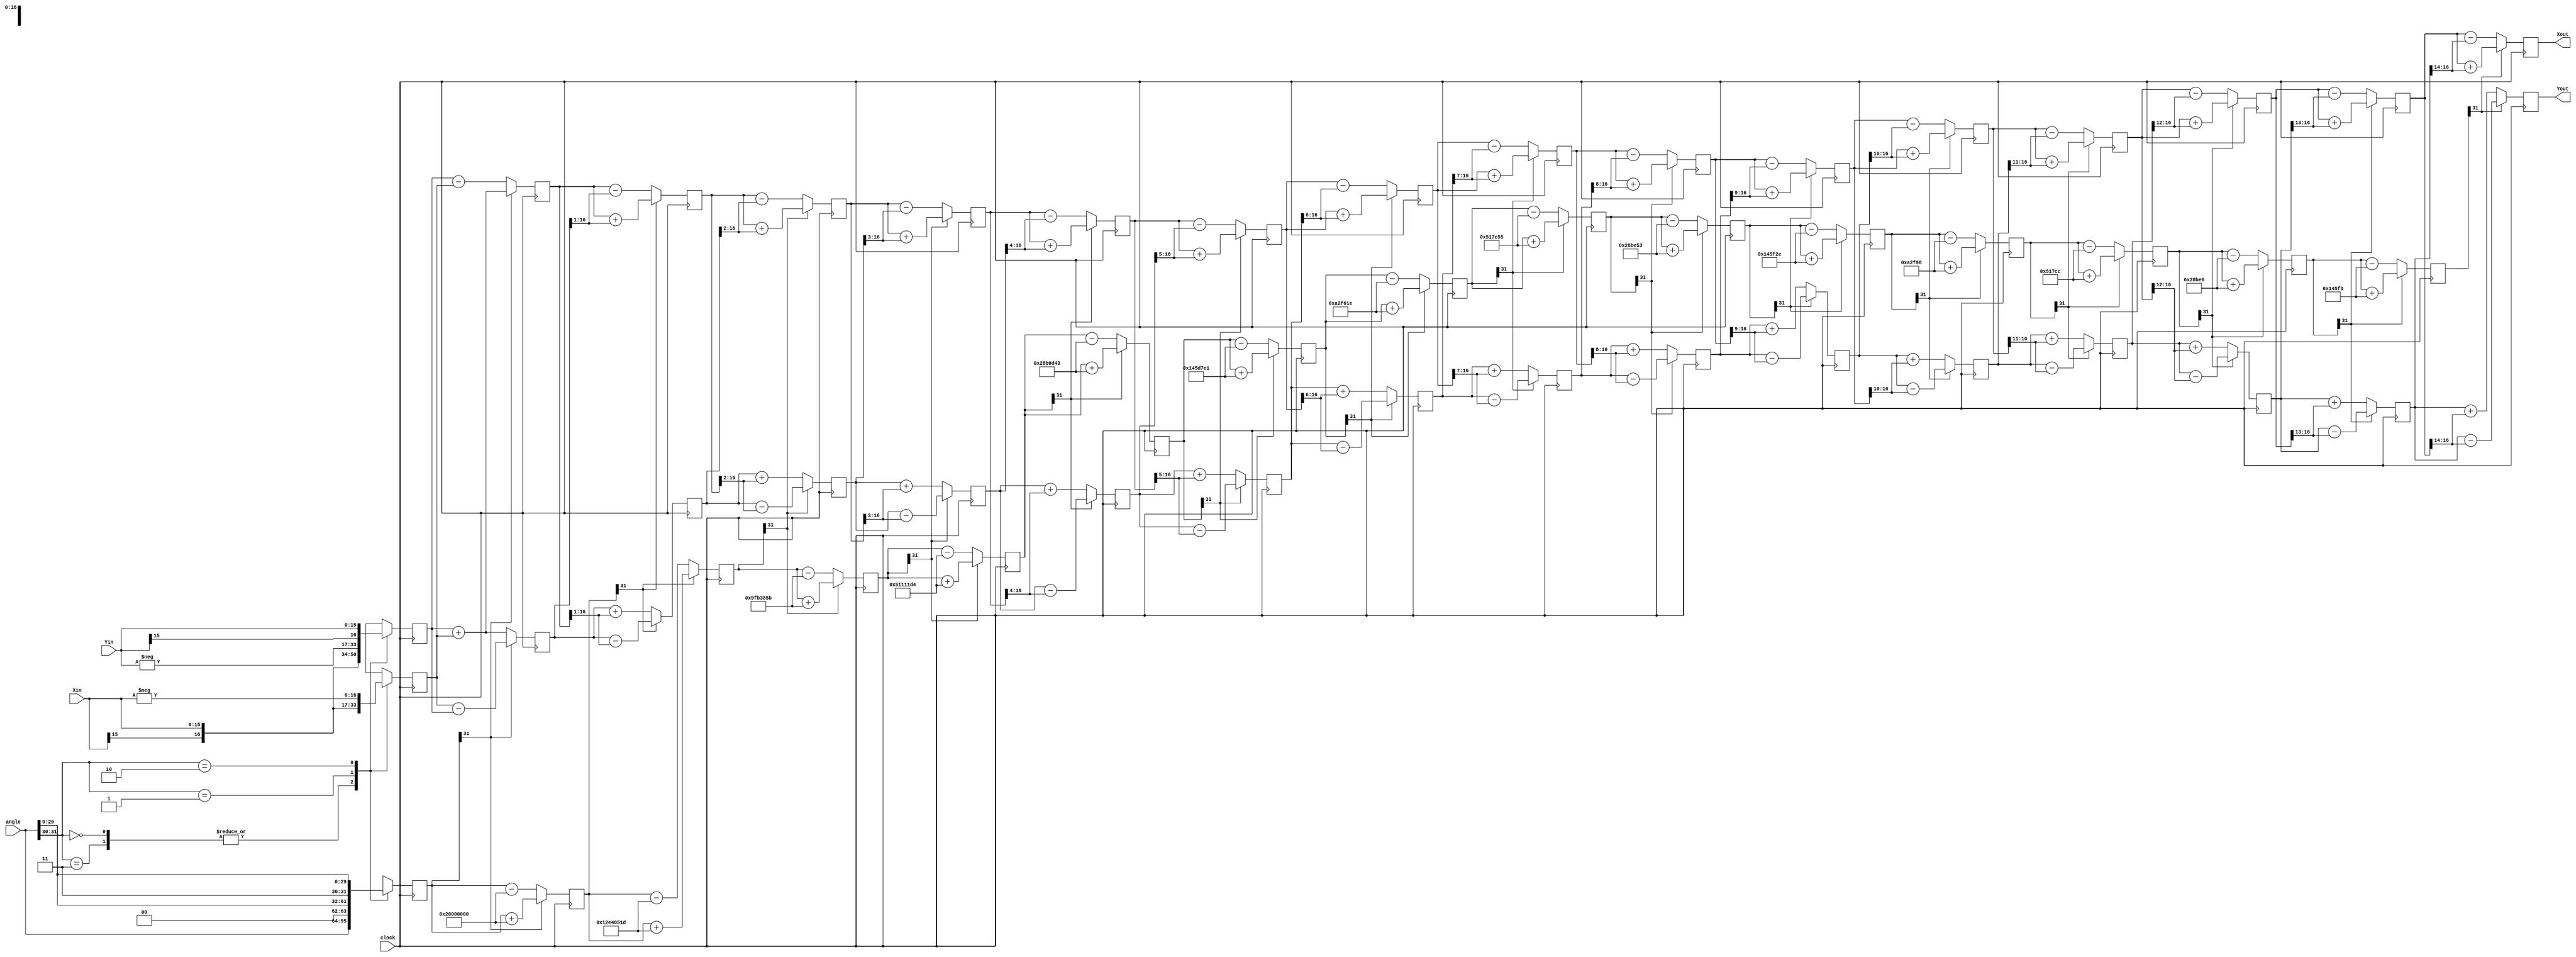
`timescale 1 ns/100 ps //O primeiro indica um tempo em nano segundos, acho | ps  a menor parte do tempo. 

//------------------------------------------------------------------------------
//          Copyright (c) 2012 Kirk Weedman, KD7IRS, kirk@hdlexpress.com
//------------------------------------------------------------------------------

// NOTE: 1. Input angle is a modulo of 2*PI scaled to fit in a 32bit register. The user must translate
//          this angle to a value from 0 - (2^32-1).  0 deg = 32'h0, 359.9999... = 32'hFF_FF_FF_FF
//          To translate from degrees to a 32 bit value, multiply 2^32 by the angle (in degrees),
//          then divide by 360
//       2. Size of Xout, Yout is 1 bit larger due to a system gain of 1.647 (which is < 2)
module CORDIC (clock, angle, Xin, Yin, Xout, Yout);
   
   parameter XY_SZ = 16;   // width of input and output data
   
   localparam STG = XY_SZ; // same as bit width of X and Y
   
   input                      clock;
   // angle is a signed value in the range of -PI to +PI that must be represented as a 32 bit signed number
   input  signed       [31:0] angle;
   input  signed  [XY_SZ-1:0] Xin;
   input  signed  [XY_SZ-1:0] Yin;
   output signed    [XY_SZ:0] Xout;
   output signed    [XY_SZ:0] Yout;
   
   //------------------------------------------------------------------------------
   //                             arctan table
   //------------------------------------------------------------------------------
   
   // Note: The atan_table was chosen to be 31 bits wide giving resolution up to atan(2^-30)
   wire signed [31:0] atan_table [0:30]; 
   
   // upper 2 bits = 2'b00 which represents 0 - PI/2 range
   // upper 2 bits = 2'b01 which represents PI/2 to PI range
   // upper 2 bits = 2'b10 which represents PI to 3*PI/2 range (i.e. -PI/2 to -PI)
   // upper 2 bits = 2'b11 which represents 3*PI/2 to 2*PI range (i.e. 0 to -PI/2)
   // The upper 2 bits therefore tell us which quadrant we are in.
   assign atan_table[00] = 32'b00100000000000000000000000000000; // 45.000 degrees -> atan(2^0)
   assign atan_table[01] = 32'b00010010111001000000010100011101; // 26.565 degrees -> atan(2^-1)
   assign atan_table[02] = 32'b00001001111110110011100001011011; // 14.036 degrees -> atan(2^-2)
   assign atan_table[03] = 32'b00000101000100010001000111010100; // atan(2^-3)
   assign atan_table[04] = 32'b00000010100010110000110101000011;
   assign atan_table[05] = 32'b00000001010001011101011111100001;
   assign atan_table[06] = 32'b00000000101000101111011000011110;
   assign atan_table[07] = 32'b00000000010100010111110001010101;
   assign atan_table[08] = 32'b00000000001010001011111001010011;
   assign atan_table[09] = 32'b00000000000101000101111100101110;
   assign atan_table[10] = 32'b00000000000010100010111110011000;
   assign atan_table[11] = 32'b00000000000001010001011111001100;
   assign atan_table[12] = 32'b00000000000000101000101111100110;
   assign atan_table[13] = 32'b00000000000000010100010111110011;
   assign atan_table[14] = 32'b00000000000000001010001011111001;
   assign atan_table[15] = 32'b00000000000000000101000101111101;
   assign atan_table[16] = 32'b00000000000000000010100010111110;
   assign atan_table[17] = 32'b00000000000000000001010001011111;
   assign atan_table[18] = 32'b00000000000000000000101000101111;
   assign atan_table[19] = 32'b00000000000000000000010100011000;
   assign atan_table[20] = 32'b00000000000000000000001010001100;
   assign atan_table[21] = 32'b00000000000000000000000101000110;
   assign atan_table[22] = 32'b00000000000000000000000010100011;
   assign atan_table[23] = 32'b00000000000000000000000001010001;
   assign atan_table[24] = 32'b00000000000000000000000000101000;
   assign atan_table[25] = 32'b00000000000000000000000000010100;
   assign atan_table[26] = 32'b00000000000000000000000000001010;
   assign atan_table[27] = 32'b00000000000000000000000000000101;
   assign atan_table[28] = 32'b00000000000000000000000000000010;
   assign atan_table[29] = 32'b00000000000000000000000000000001; // atan(2^-29)
   assign atan_table[30] = 32'b00000000000000000000000000000000;
   
   //------------------------------------------------------------------------------
   //                              registers
   //------------------------------------------------------------------------------
   
   //stage outputs
   reg signed [XY_SZ:0] X [0:STG-1];
   reg signed [XY_SZ:0] Y [0:STG-1];
   reg signed    [31:0] Z [0:STG-1]; // 32bit
   
   //------------------------------------------------------------------------------
   //                               stage 0
   //------------------------------------------------------------------------------
   wire                 [1:0] quadrant;
   assign   quadrant = angle[31:30];
   
   always @(posedge clock)
   begin // make sure the rotation angle is in the -pi/2 to pi/2 range.  If not then pre-rotate
      case (quadrant)
         2'b00,
         2'b11:   // no pre-rotation needed for these quadrants
         begin    // X[n], Y[n] is 1 bit larger than Xin, Yin, but Verilog handles the assignments properly
            X[0] <= Xin;
            Y[0] <= Yin;
            Z[0] <= angle;
         end
         
         2'b01:
         begin
            X[0] <= -Yin;
            Y[0] <= Xin;
            Z[0] <= {2'b00,angle[29:0]}; // subtract pi/2 from angle for this quadrant
         end
         
         2'b10:
         begin
            X[0] <= Yin;
            Y[0] <= -Xin;
            Z[0] <= {2'b11,angle[29:0]}; // add pi/2 to angle for this quadrant
         end
         
      endcase
   end
   
   //------------------------------------------------------------------------------
   //                           generate stages 1 to STG-1
   //------------------------------------------------------------------------------
   genvar i;

   generate
   for (i=0; i < (STG-1); i=i+1)
   begin: XYZ
      wire                   Z_sign;
      wire signed  [XY_SZ:0] X_shr, Y_shr; // Por que uma varivel  declarada como wire?
   
      assign X_shr = X[i] >>> i; // signed shift right
      assign Y_shr = Y[i] >>> i;
   
      //the sign of the current rotation angle
      assign Z_sign = Z[i][31]; // Z_sign = 1 if Z[i] < 0
   
      always @(posedge clock)
      begin
         // add/subtract shifted data
         X[i+1] <= Z_sign ? X[i] + Y_shr         : X[i] - Y_shr;
         Y[i+1] <= Z_sign ? Y[i] - X_shr         : Y[i] + X_shr;
         Z[i+1] <= Z_sign ? Z[i] + atan_table[i] : Z[i] - atan_table[i];
      end
   end
   endgenerate
   
   
   //------------------------------------------------------------------------------
   //                                 output
   //------------------------------------------------------------------------------
   assign Xout = X[STG-1];
   assign Yout = Y[STG-1];

endmodule